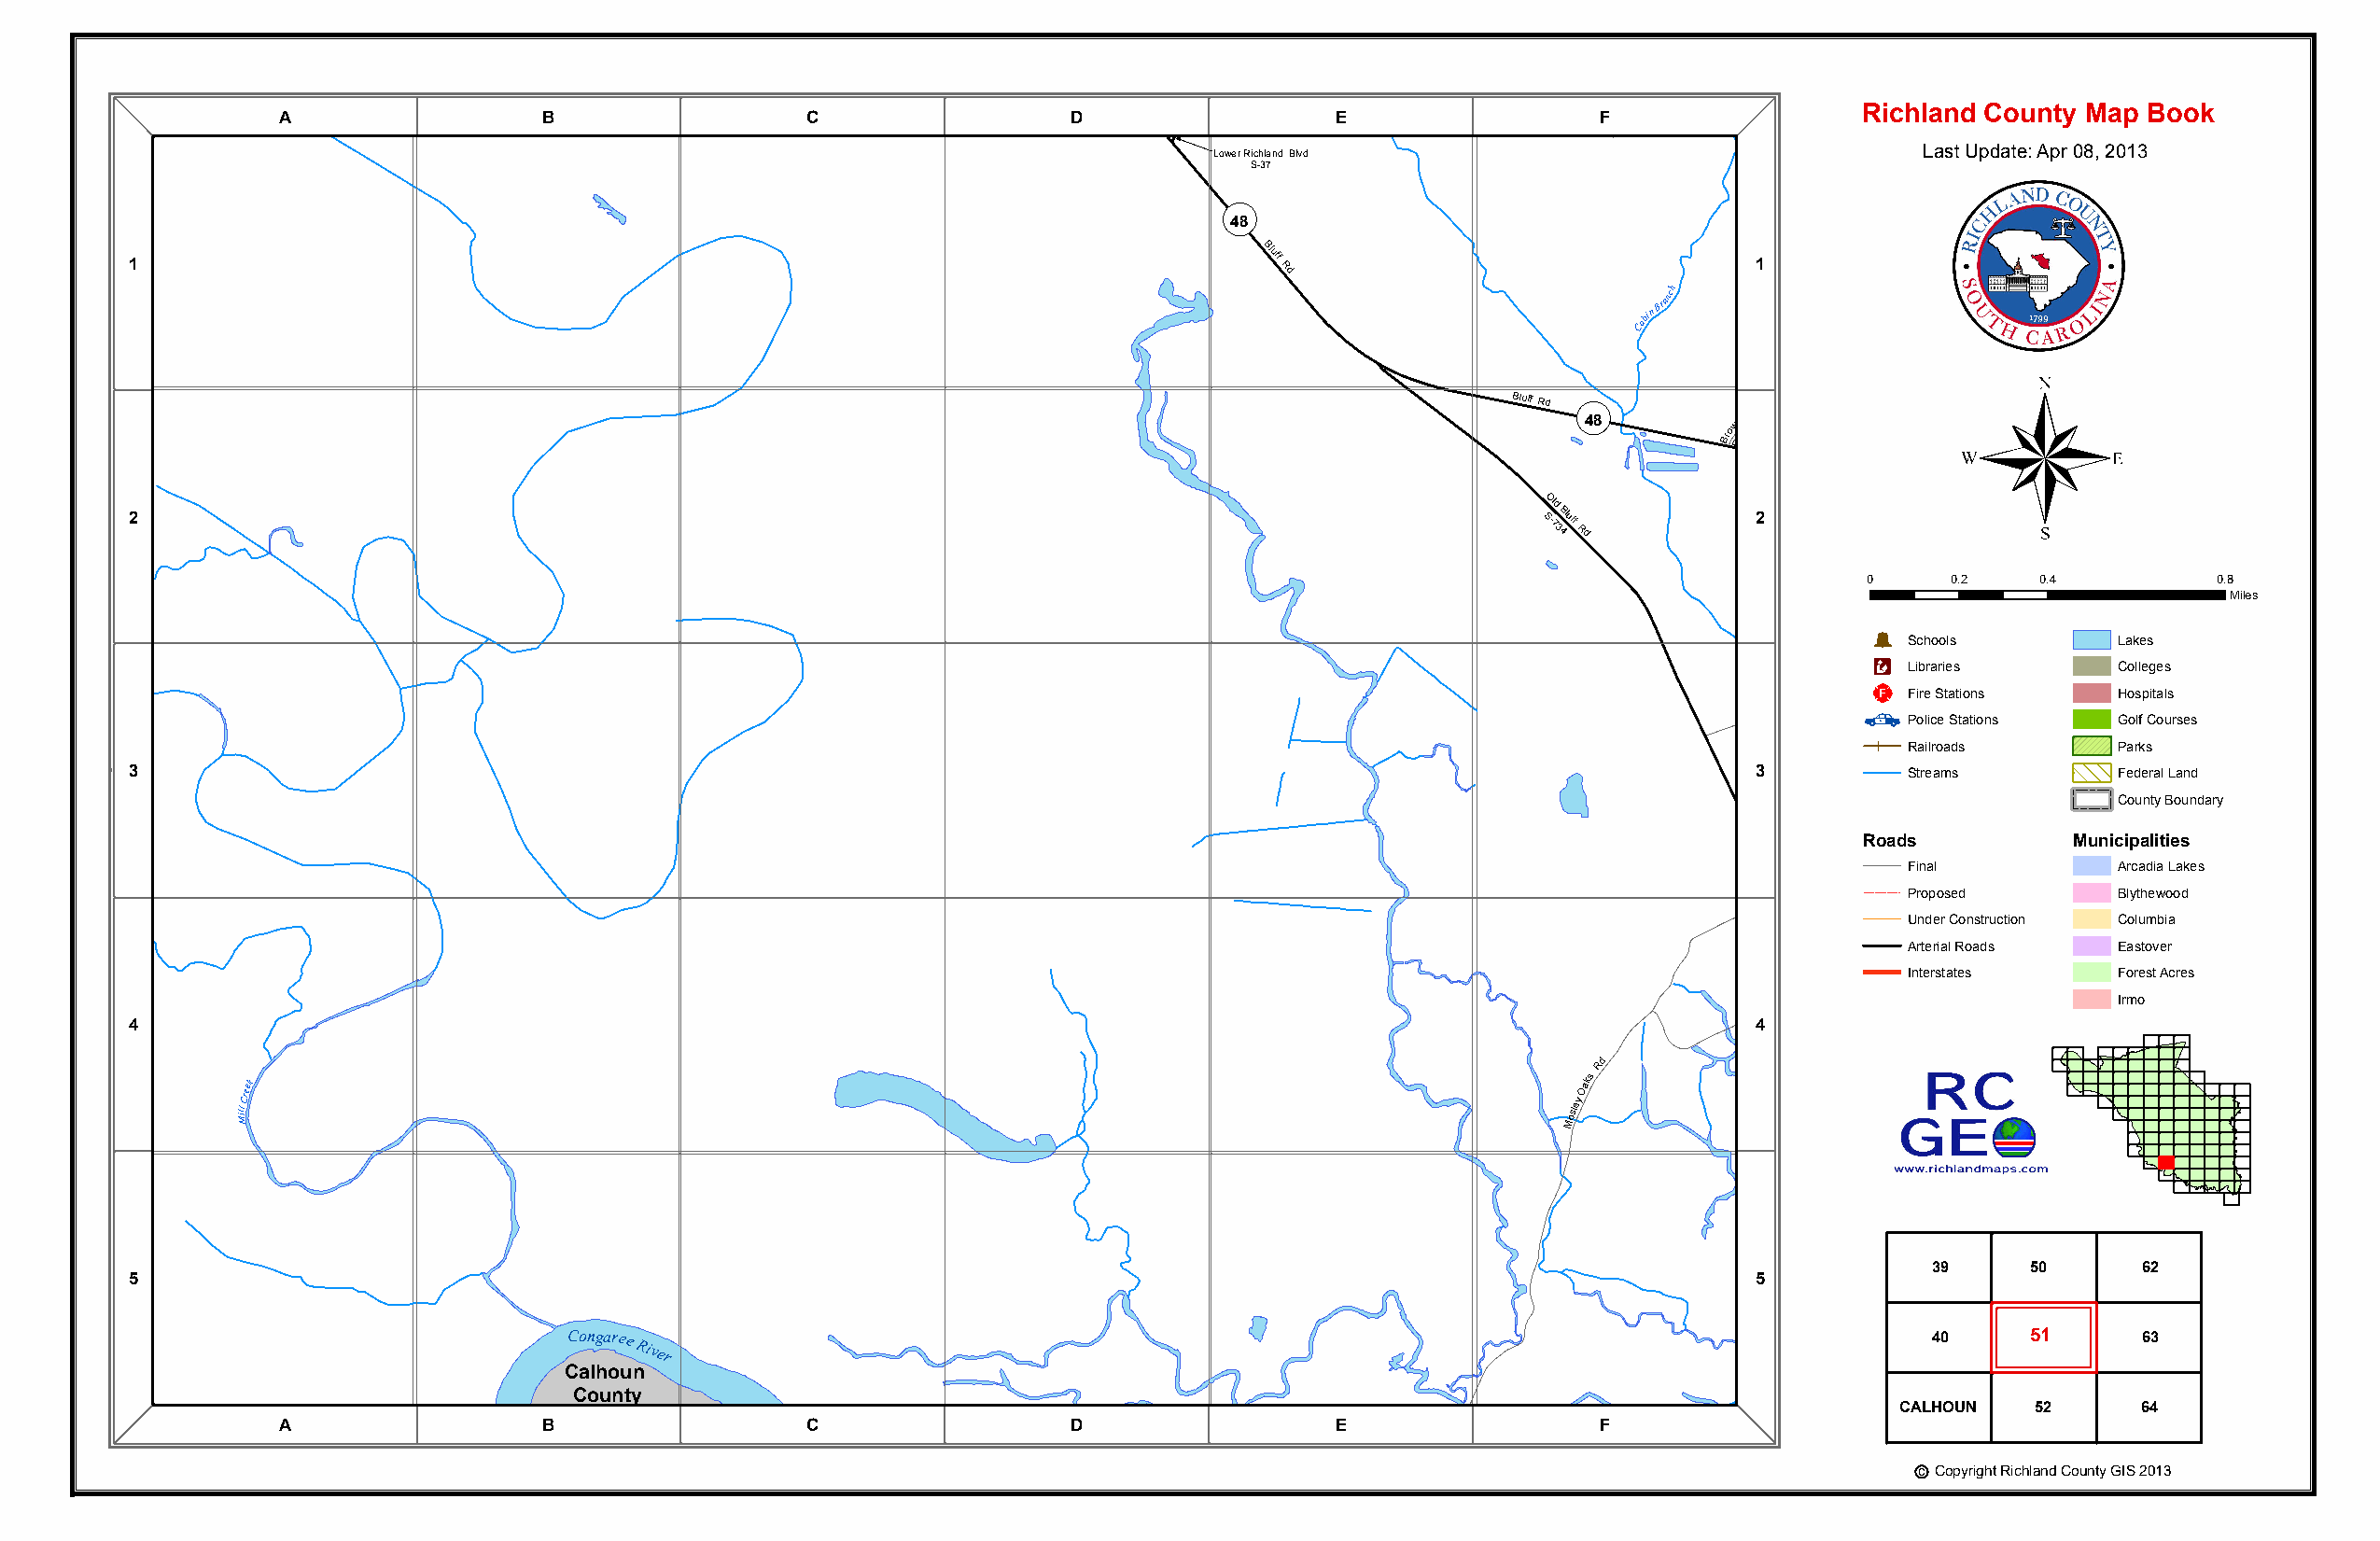
A
 S -2456p ricot
 C
 t
 Richland County Map Book
 A                 B                  C                  D                  E                 F
 Lower Richland Blvd                               Last Update: Apr 08, 2013
 S-37
 1
 OP
 48
 Bluff
 Rd
 1
 Terrapin
 Woods
 Rd
 Cabin
 Branch
 ®
 Bluff Rd OP
 48         w n
 Bro
 Rd
 2
 SO -l 7d
 3
 B 4luff
 Rd
 2
 C
 ountry
 Place
 nL
 Lost
 J0
 oh Þn
 Rd
 Schools0.2 0.4
 Lakes
 0.8
 Miles
 Æc
 Libraries      Colleges
 _¨
 Fire Stations  Hospitals
 Police Stations Golf Courses
 Railroads      Parks
 3                                                                                                                   3         Streams        Federal Land
 County Boundary
 Roads          Municipalities
 osle y Rd  Final          Arcadia Lakes
 M Oak s    Proposed       Blythewood
 Under Construction Columbia
 Arterial Roads Eastover
 Interstates    Forest Acres
 Irmo
 4                                                                                                                   4
 Mill
 Creek
 Mosley
 Oaks
 Rd
 39     50      62
 5                                                                                                                   5
 Congaree
 River
 40     51      63
 Calhoun
 County
 CALHOUN  52      64
 A                 B                  C                  D                  E                 F
 c Copyright Richland County GIS 2013